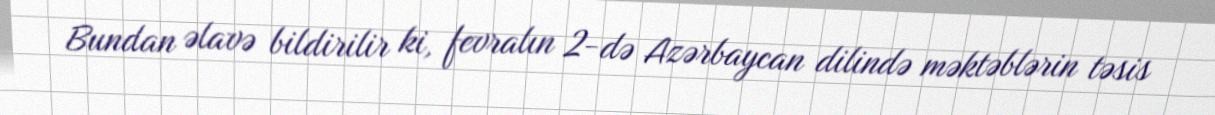
Bundan əlavə bildirilir ki, fevralın 2-də Azərbaycan dilində məktəblərin təsis